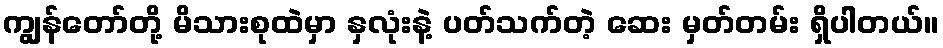
ကျွန်တော်တို့ မိသားစုထဲမှာ နှလုံးနဲ့ ပတ်သက်တဲ့ ဆေး မှတ်တမ်း ရှိပါတယ်။